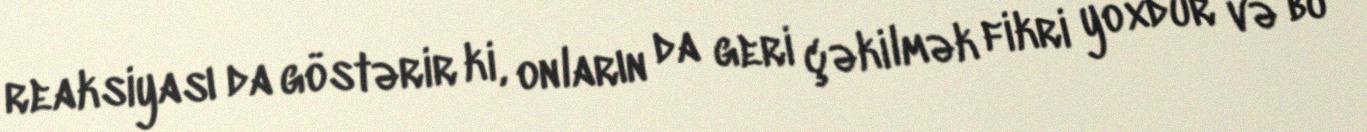
reaksiyası da göstərir ki, onların da geri çəkilmək fikri yoxdur və bu